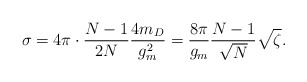
\begin{align*}\sigma=4\pi\cdot\frac{N-1}{2N}\frac{4m_D}{g_m^2}=\frac{8\pi}{g_m}\frac{N-1}{\sqrt{N}}\sqrt{\zeta}.\end{align*}